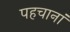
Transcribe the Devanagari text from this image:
पहचानां